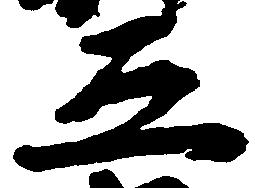
五